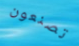
تصنعون